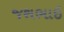
જશભાઇ